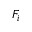
F _ { i }